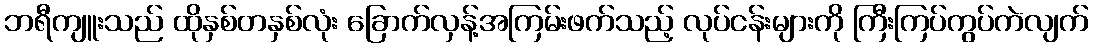
ဘရီကျူးသည် ထိုနှစ်တနှစ်လုံး ခြောက်လှန့်အကြမ်းဖက်သည့် လုပ်ငန်းများကို ကြီးကြပ်ကွပ်ကဲလျက်